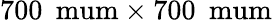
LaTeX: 700\: \mathrm{\ mum}\times 700\: \mathrm{\ mum}